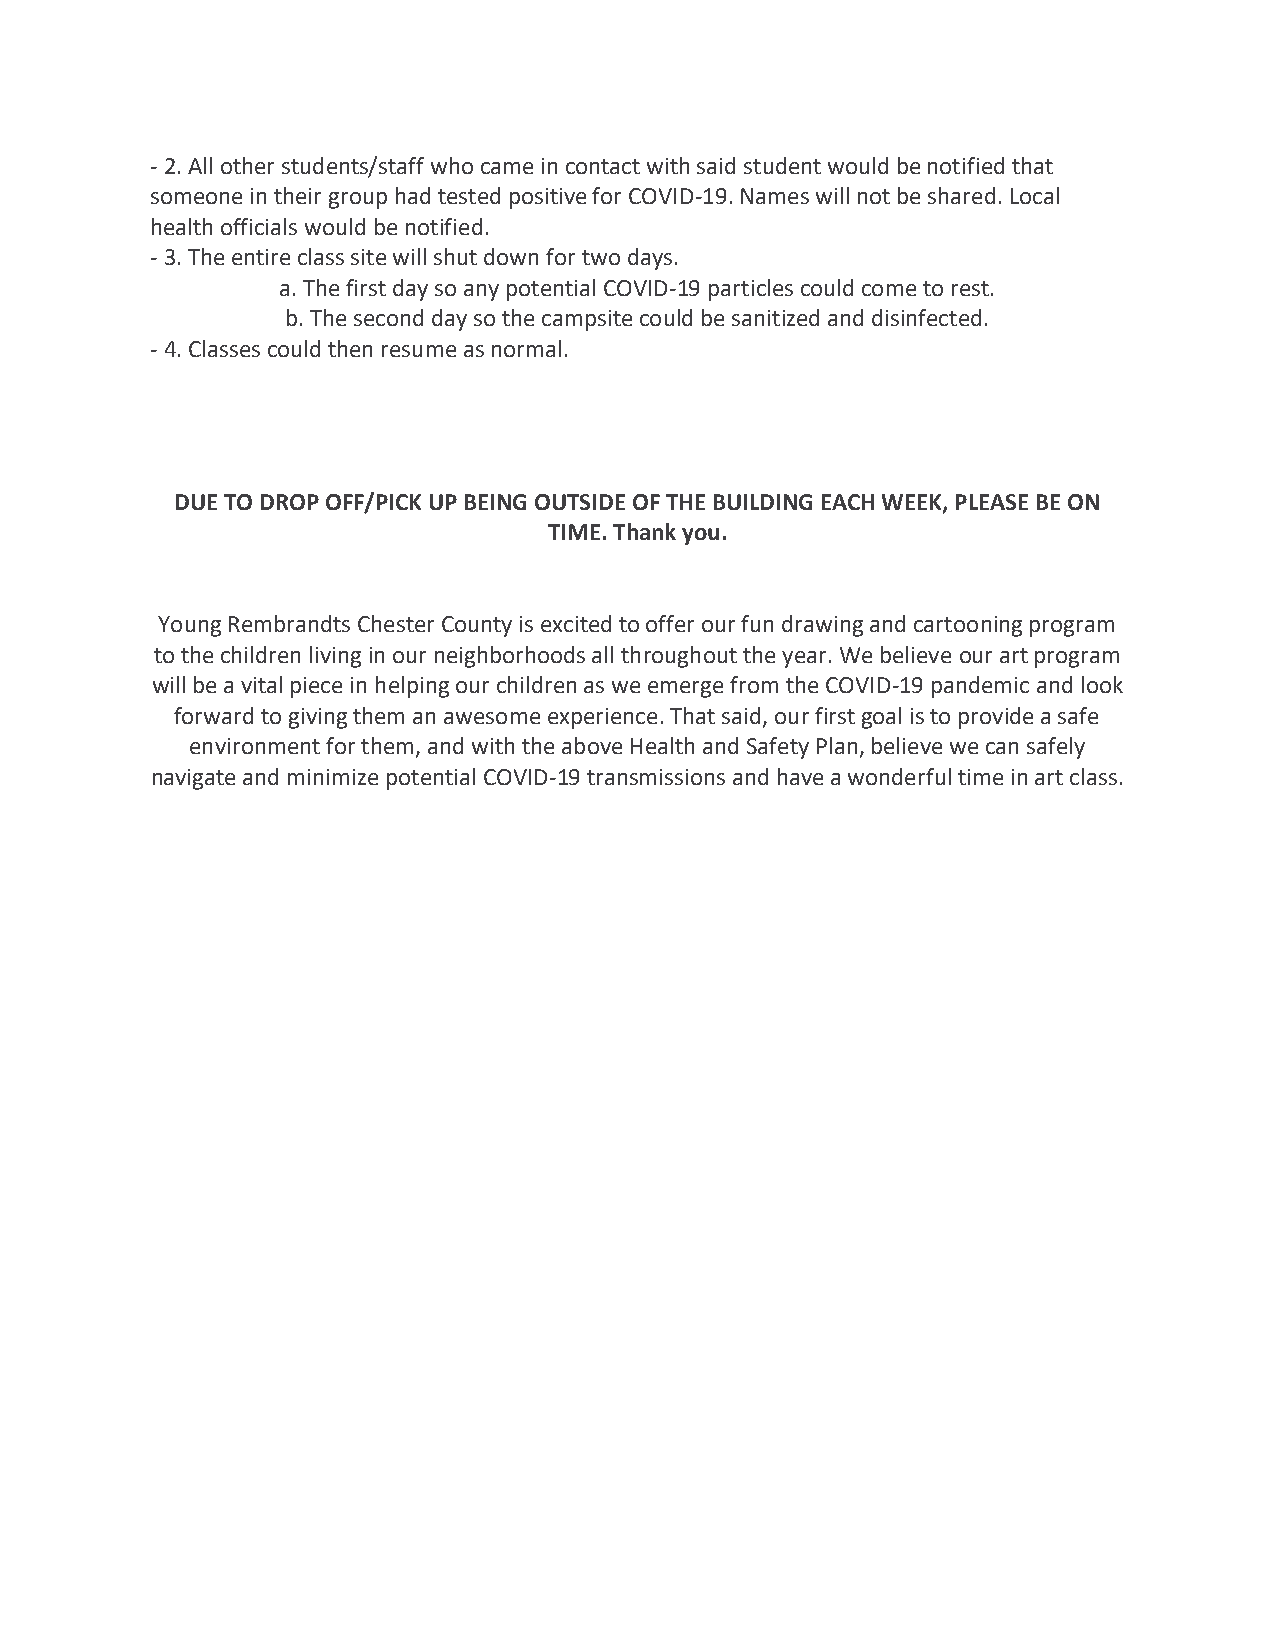
- 2. All other students/staff who came in contact with said student would be notified that
 someone in their group had tested positive for COVID-19. Names will not be shared. Local
 health officials would be notified.
 - 3. The entire class site will shut down for two days.
 a. The first day so any potential COVID-19 particles could come to rest.
 b. The second day so the campsite could be sanitized and disinfected.
 - 4. Classes could then resume as normal.
 DUE TO DROP OFF/PICK UP BEING OUTSIDE OF THE BUILDING EACH WEEK, PLEASE BE ON
 TIME. Thank you.
 Young Rembrandts Chester County is excited to offer our fun drawing and cartooning program
 to the children living in our neighborhoods all throughout the year. We believe our art program
 will be a vital piece in helping our children as we emerge from the COVID-19 pandemic and look
 forward to giving them an awesome experience. That said, our first goal is to provide a safe
 environment for them, and with the above Health and Safety Plan, believe we can safely
 navigate and minimize potential COVID-19 transmissions and have a wonderful time in art class.